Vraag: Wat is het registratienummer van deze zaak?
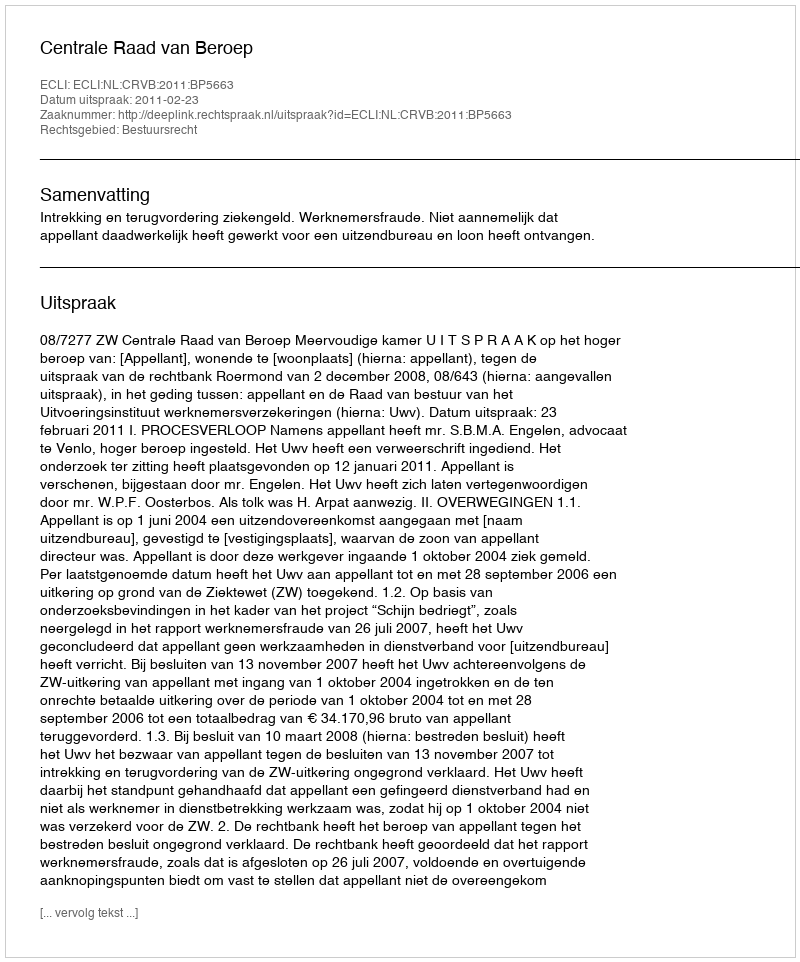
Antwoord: http://deeplink.rechtspraak.nl/uitspraak?id=ECLI:NL:CRVB:2011:BP5663